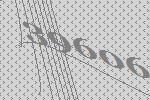
39606